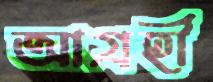
আগ্রহী